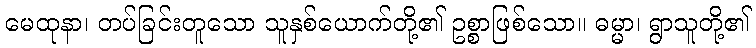
မေထုနာ၊ တပ်ခြင်းတူသော သူနှစ်ယောက်တို့၏ ဥစ္စာဖြစ်သော။ ဓမ္မာ၊ ရွာသူတို့၏